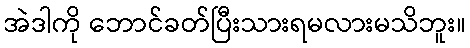
အဲဒါကို ဘောင်ခတ်ပြီးသားရမလားမသိဘူး။